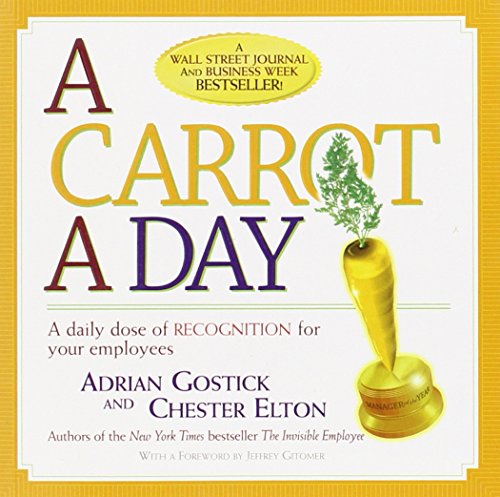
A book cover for A Carrot a Day: A Daily Dose of Recognition for Your Employees; Adrian Gostick; Literature & Fiction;